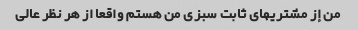
من إز مشتریهای ثابت سبزی من هستم واقعا از هر نظر عالی